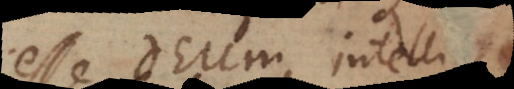
esse Deum, intelligi